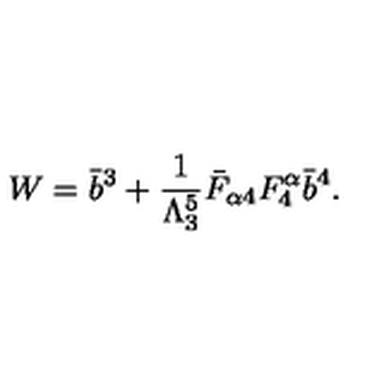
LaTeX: W = \bar { b } ^ { 3 } + \frac { 1 } { \Lambda _ { 3 } ^ { 5 } } \bar { F } _ { \alpha 4 } F _ { 4 } ^ { \alpha } \bar { b } ^ { 4 } .